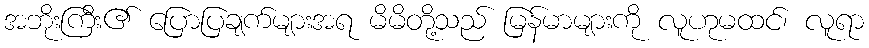
အဘိုးကြီး၏ ပြောပြချက်များအရ မိမိတို့သည် မြန်မာများကို လူဟုမထင်၊ လူရာ